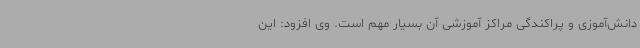
دانش‌آموزی و پراکندگی مراکز آموزشی آن بسیار مهم است. وی افزود: این